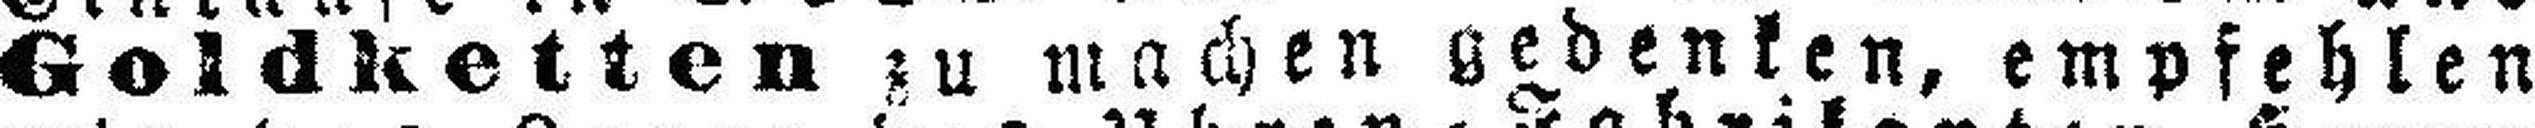
Goldketten zu machen gedenken, empfehlen